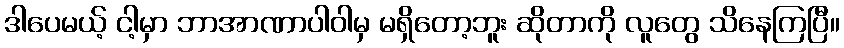
ဒါပေမယ့် ငါ့မှာ ဘာအာဏာပါဝါမှ မရှိတော့ဘူး ဆိုတာကို လူတွေ သိနေကြပြီ။